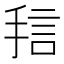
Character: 𱠅